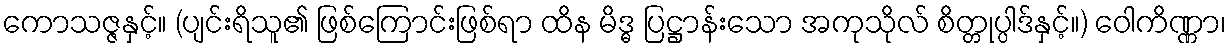
ကောသဇ္ဇနှင့်။ (ပျင်းရိသူ၏ ဖြစ်ကြောင်းဖြစ်ရာ ထိန မိဒ္ဓ ပြဋ္ဌာန်းသော အကုသိုလ် စိတ္တုပ္ပါဒ်နှင့်။) ဝေါကိဏ္ဏာ၊